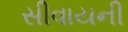
સીવાયની